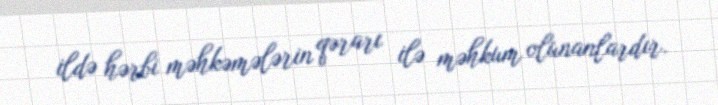
ildə hərbi məhkəmələrin qərarı ilə məhkum olunanlardır.